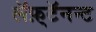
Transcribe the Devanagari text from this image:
लॅफ़्टॅनन्ट